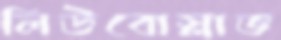
লিউবোস্লাভ